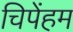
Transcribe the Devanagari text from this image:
चिपेंहम